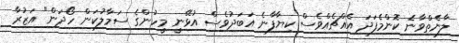
ލާނެތްވާނެ ކޮންމެފަދަ އެއްޗެއްވެސް ކިޔާފާނެ އަބަދުވެސް އުޅޭނީ މީހުންގެ ސަމާލުކަން ހޯދަން" އަޒުރާ